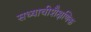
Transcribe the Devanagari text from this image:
सध्याचीशैक्षणिक